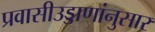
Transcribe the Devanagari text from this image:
प्रवासीउड्डाणांनुसार